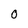
Character: 0